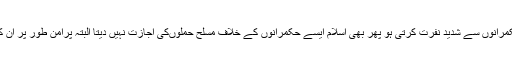
عوام کی غالب اکثریت اسلامی ریاست کے حکمرانوں سے شدید نفرت کرتی ہو پھر بھی اسلام ایسے حکمرانوں کے خلاف مسلح حملوںکی اجازت نہیں دیتا البتہ پرامن طور پر ان کے خلاف جمہوری جدوجہد کی جا سکتی ہے۔